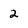
Character: 2